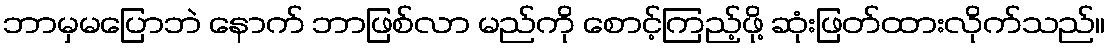
ဘာမှမပြောဘဲ နောက် ဘာဖြစ်လာ မည်ကို စောင့်ကြည့်ဖို့ ဆုံးဖြတ်ထားလိုက်သည်။